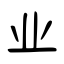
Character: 业